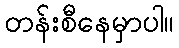
တန်းစီနေမှာပါ။